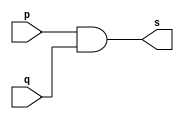
// ---------------------
// Exemplo 01_01 - AND
// Nome: xxx yyy zzz
// ---------------------

// ---------------------
// -- and gate
// ---------------------

module andgate (s, p, q);
 output s;
 input  p, q;

 assign s = p & q;

endmodule // andgate

// ---------------------
// -- test and gate
// ---------------------

module testandgate;
 reg   a, b;
 wire  s;
          // instancia
 andgate AND1 (s, a, b);
 
          // parte principal
 initial begin
      $display("Exemplo 01_01 - xxx yyy zzz - 999999");
      $display("Test AND gate");
      $display("\na & b = s\n");
      a=0; b=0;
  #1  $display("%b & %b = %b", a, b, s);
      a=0; b=1;
  #1  $display("%b & %b = %b", a, b, s);
      a=1; b=0;
  #1  $display("%b & %b = %b", a, b, s);
      a=1; b=1;
  #1  $display("%b & %b = %b", a, b, s);
 end

endmodule // testandgate